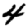
Digit: 4